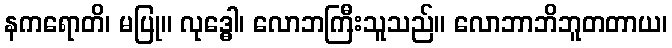
နကရောတိ၊ မပြု။ လုဒ္ဓေါ၊ လောဘကြီးသူသည်။ လောဘာဘိဘူတတာယ၊